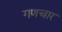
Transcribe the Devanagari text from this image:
गणचार